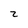
Character: 2